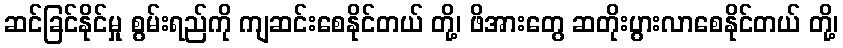
ဆင်ခြင်နိုင်မှု စွမ်းရည်ကို ကျဆင်းစေနိုင်တယ် တို့၊ ဖိအားတွေ ဆတိုးပွားလာစေနိုင်တယ် တို့၊